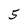
Character: 5